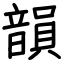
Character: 韻